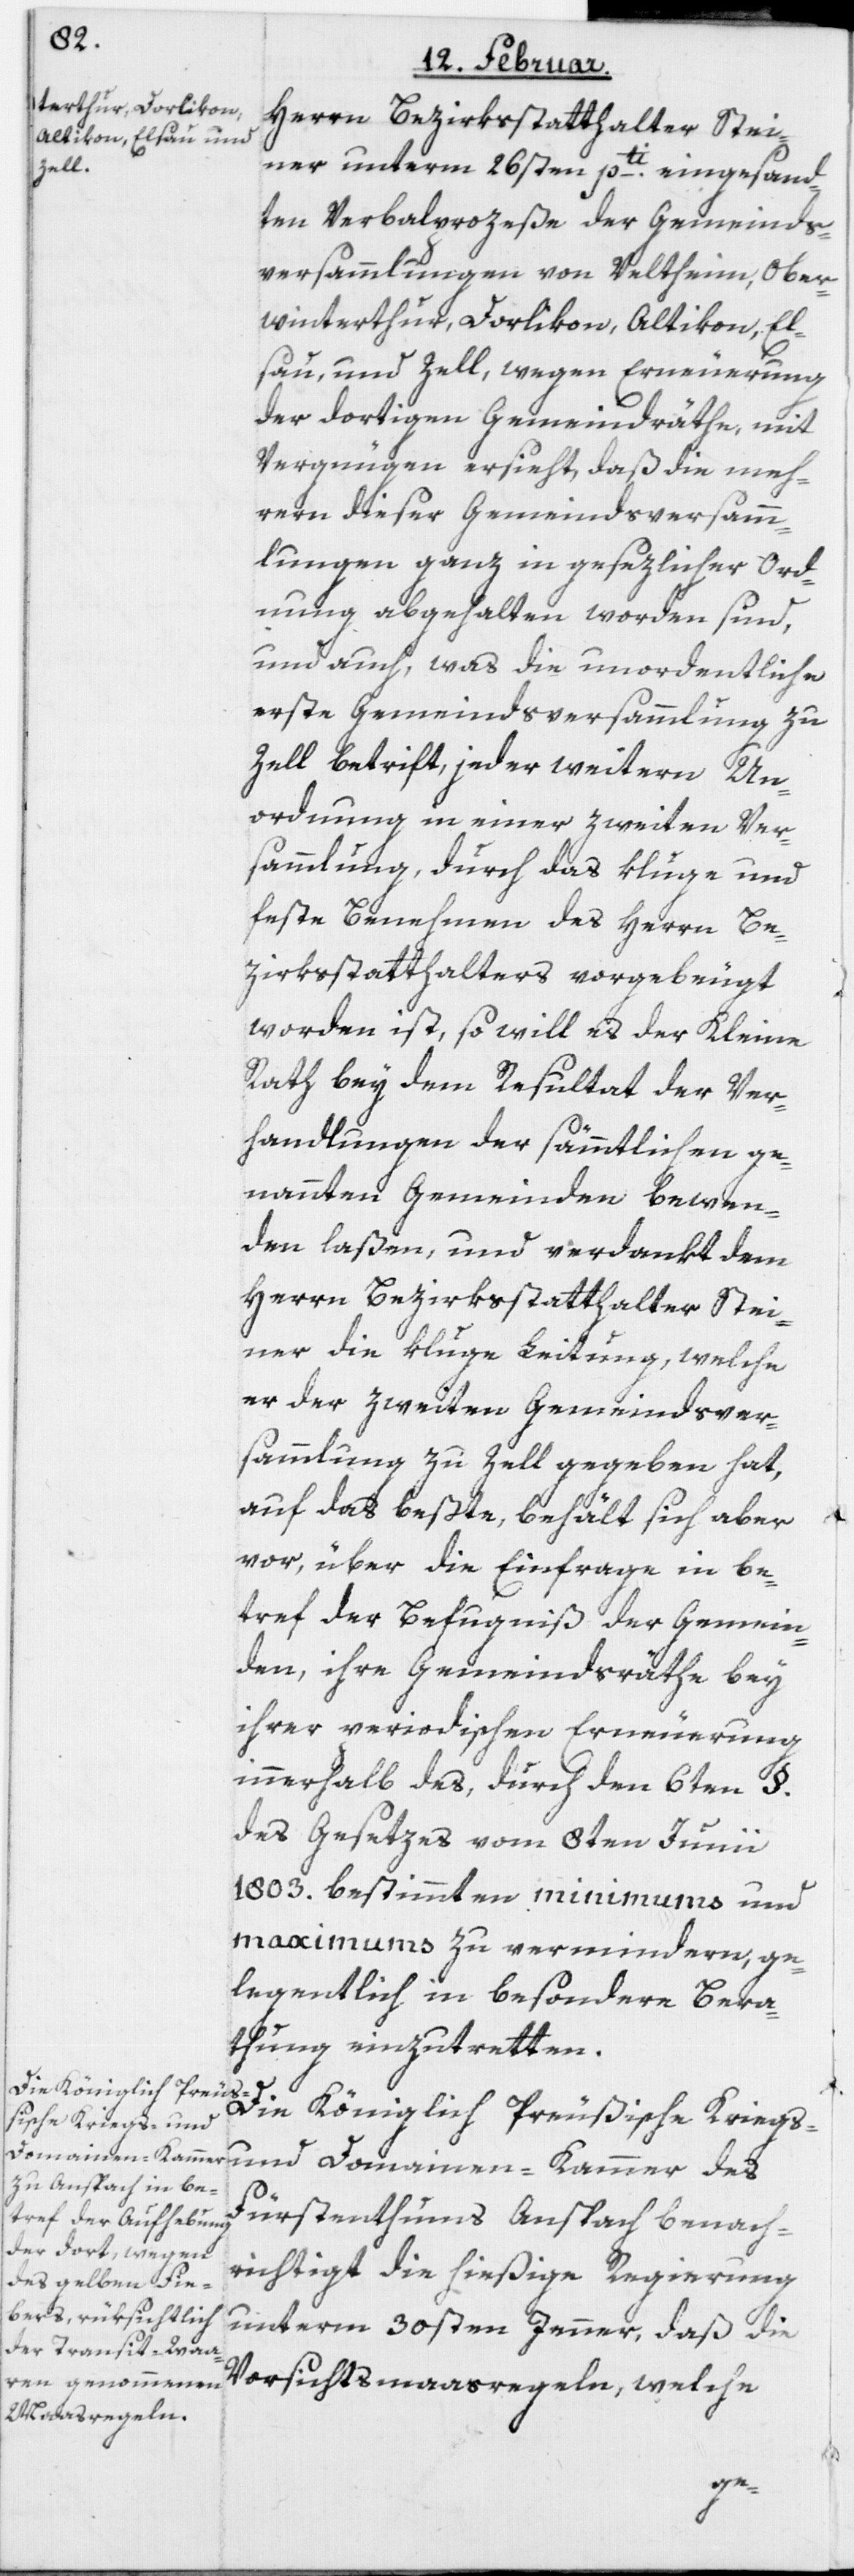
ner unterm 26sten pti. eingesand¬
ten Verbalprozeße der Gemeinds¬
versammlungen von Veltheim, Ober¬
winterthur, Dorlikon, Altikon, El¬
sau und Zell, wegen Erneuerung
der dortigen Gemeindräthe, mit
Vergnügen ersieht, daß die meh¬
rern dieser Gemeindsversamm¬
lungen ganz in gesezlicher Ord¬
nung abgehalten worden sind,
und auch, was die unordentliche
erste Gemeindsversammlung zu
Zell betrift, jeder weitern Un¬
ordnung in einer zweyten Ver¬
sammlung durch das kluge und
feste Benehmen des Herrn Be¬
zirksstatthalters vorgebeugt
worden ist, so will es der Kleine
Rath bey dem Resultat der Ver¬
handlungen der sämmtlichen ge¬
nannten Gemeinden bewen¬
den laßen und verdankt dem
Herrn Bezirksstatthalter Stei¬
ner die kluge Leitung, welche
er der zweyten Gemeindsver¬
sammlung zu Zell gegeben hat,
auf das beßte, behält sich aber
vor, über die Einfrage in be¬
tref der Befugniß der Gemein¬
den, ihre Gemeindsräthe bey
ihrer periodischen Erneuerung
innerhalb des, durch den 6ten §.
des Gesetzes vom 8ten Junii
1803. bestimmten minimums und
maximums zu vermindern, ge¬
legentlich in besondere Bera¬
thung einzutretten.
Die Königlich Preußische Kriegs-
und Domainen-Kammer des
Fürstenthums Anspach benach¬
richtigt die hießige Regierung
unterm 30sten Jenner, daß die
Vorsichtsmaasregeln, welche